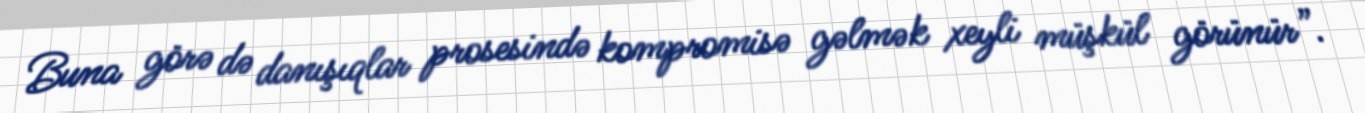
Buna görə də danışıqlar prosesində kompromisə gəlmək xeyli müşkül görünür”.